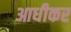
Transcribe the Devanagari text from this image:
आधीकर